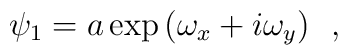
\psi_1 = a\exp{(\omega_x +i \omega_y)}~~,